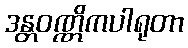
ဒန္တဝဏ္ဏိကပါရုတာ